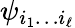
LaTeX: \psi_{i_{1}\dots i_{\ell}}